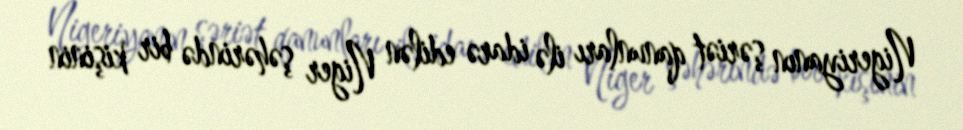
Nigeriyanın şəriət qanunları ilə idarə edilən Niger şəhərində bir kişinin